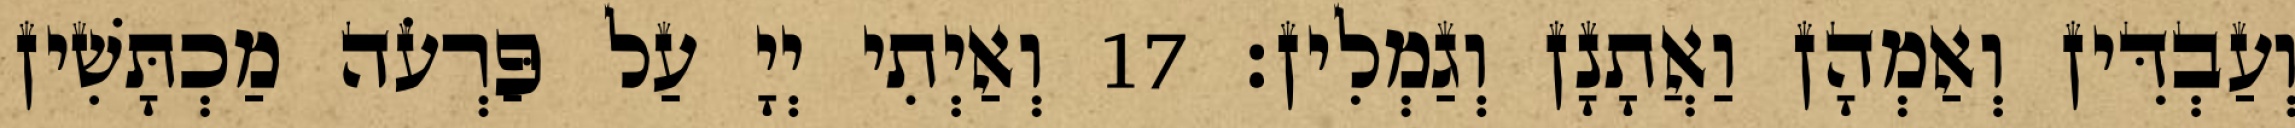
וְעַבְדִּין וְאַמְהָן וַאֲתָנָן וְגַמְלִין׃ 17 וְאַיְתִי יְיָ עַל פַּרְעֹה מַכְתָּשִׁין